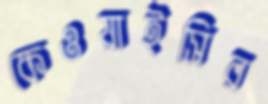
কেওয়াইসির